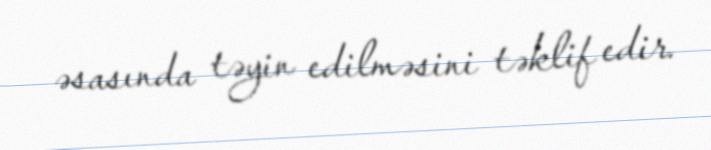
əsasında təyin edilməsini təklif edir.